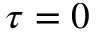
\tau = 0